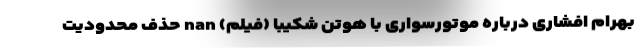
بهرام افشاری درباره موتورسواری با هوتن شکیبا (فیلم) nan حذف محدودیت